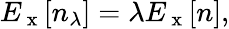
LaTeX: E_{\mathrm{~x~}}[n_{\lambda}]=\lambda E_{\mathrm{~x~}}[n],